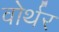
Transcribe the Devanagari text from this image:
वोर्थर